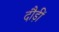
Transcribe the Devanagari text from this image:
दौड़ीं